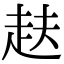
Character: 𮚴